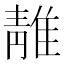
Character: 𨿬